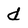
Character: d